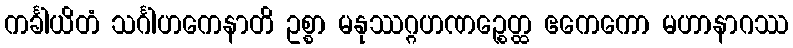
ကင်္ခါယိတံ သင်္ဂါဟကေနာတိ ဥစ္စာ မနုဿဂ္ဂဟဏဉ္စေတ္ထ ဧကေကော မဟာနာဂဿ